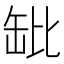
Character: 𬙌